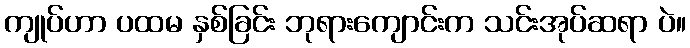
ကျုပ်ဟာ ပထမ နှစ်ခြင်း ဘုရားကျောင်းက သင်းအုပ်ဆရာ ပဲ။